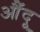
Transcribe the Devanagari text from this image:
औंदू